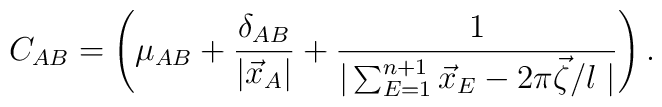
C_{AB}=\left(\mu_{AB} + \frac{\delta_{AB}}{|\vec x_A|} + \frac{1}{|\sum_{E=1}^{n+1} \vec x_E - 2\pi\vec\zeta/l\;|}\right) .